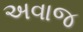
અવાજ